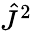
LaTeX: {\hat{J}}^{2}